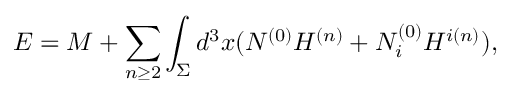
E = M + \sum _ { n \ge 2 } \int _ { \Sigma } d ^ { 3 } x ( N ^ { ( 0 ) } H ^ { ( n ) } + N _ { i } ^ { ( 0 ) } H ^ { i ( n ) } ) ,